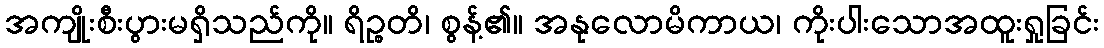
အကျိုးစီးပွားမရှိသည်ကို။ ရိဉ္စတိ၊ စွန့်၏။ အနုလောမိကာယ၊ ကိုးပါးသောအထူးရှုခြင်း